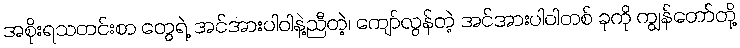
အစိုးရသတင်းစာ တွေရဲ့ အင်အားပါဝါနဲ့ညီတဲ့၊ ကျော်လွန်တဲ့ အင်အားပါဝါတစ် ခုကို ကျွန်တော်တို့